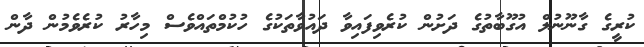
ކުރީގެ ގާނޫނުލް އުގޫބާތުގެ ދަށުން ކުރެވިފައިވާ ދައުވާތަކުގެ ހުކުމްތައްވެސް މިހާރު ކުރެވެމުން ދާން